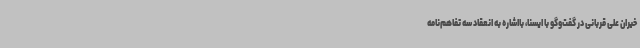
خیران علی قربانی در گفت‌وگو با ایسنا، بااشاره به انعقاد سه تفاهم‌نامه